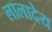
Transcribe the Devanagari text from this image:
लालादेय